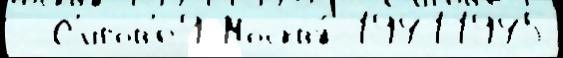
- С'игов'е9 Москву́ 19411945